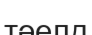
тәелд